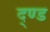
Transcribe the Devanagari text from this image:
द्ण्ड